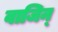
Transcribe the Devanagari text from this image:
वाजिन्